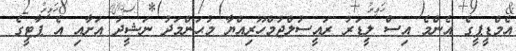
އެމްޑީޕީގެ އެންމެ އިސް ލީޑަރު ރައީސުލްޖުމްހޫރިއްޔާ މުޙަންމަދު ނަޝީދު އަށާއި އެ ޕާޓީގެ